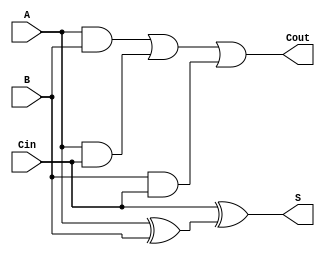
module full_adder(S, Cout, A, B, Cin);
   output S;
   output Cout;
   input  A;
   input  B;
   input  Cin;
   
   wire   w1;
   wire   w2;
   wire   w3;
   wire   w4;
   
   xor(w1, A, B);
   xor(S, Cin, w1);
   and(w2, A, B);   
   and(w3, A, Cin);
   and(w4, B, Cin);   
   or(Cout, w2, w3, w4);

endmodule 

module ripple_carry_adder_subtractor(S, C, V, A, B, Op);
   output [3:0] S;   // The 4-bit sum/difference.
   output 	C;   // The 1-bit carry/borrow status.
   output 	V;   // The 1-bit overflow status.
   input [3:0] 	A;   // The 4-bit augend/minuend.
   input [3:0] 	B;   // The 4-bit addend/subtrahend.
   input 	Op;  // The operation: 0 => Add, 1=>Subtract.
   
   wire 	C0,C1,C2,C3;
   wire 	B0,B1,B2,B3; 

   xor(B0, B[0], Op);
   xor(B1, B[1], Op);
   xor(B2, B[2], Op);
   xor(B3, B[3], Op);
   xor(C, C3, Op);     // Carry = C3 for addition, Carry = not(C3) for subtraction.
   xor(V, C3, C2);     // If the two most significant carry output bits differ, then we have an overflow.
   
   full_adder fa0(S[0], C0, A[0], B0, Op);    // LSB
   full_adder fa1(S[1], C1, A[1], B1, C0);
   full_adder fa2(S[2], C2, A[2], B2, C1);
   full_adder fa3(S[3], C3, A[3], B3, C2);    // MSB

endmodule